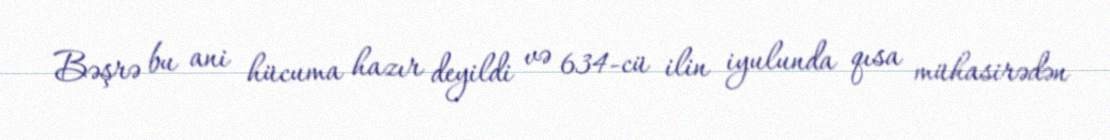
Bəşrə bu ani hücuma hazır deyildi və 634-cü ilin iyulunda qısa mühasirədən